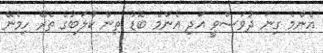
އެންމެ ގިނަ ދުވަސްވީ އަދި އެންމެ ބޮޑު ތިން ކްލަބުގެ ތެރޭ ހިމެނޭ